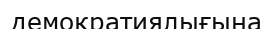
демократиялығына